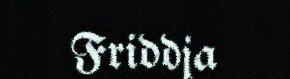
Friddja